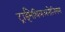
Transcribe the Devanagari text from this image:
ट्राईमेथिलअनोनियम